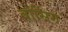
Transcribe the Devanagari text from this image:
बोर्सिग